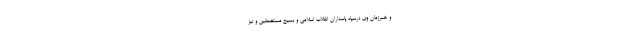
و همرزمان وی درسپاه پاسداران انقلاب اسلامی و بسیج مستضعفین و نیز